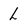
Character: L